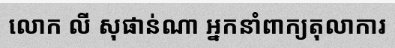
លោក លី សុផាន់ណា អ្នកនាំពាក្យតុលាការ